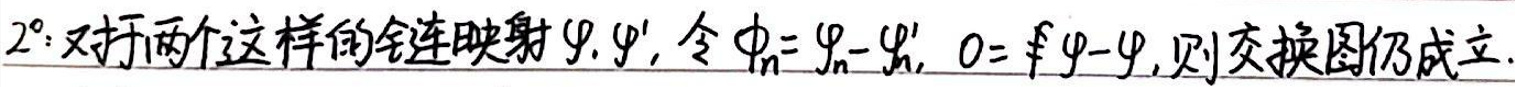
$2^{\circ }$: 对于两个这样的全连映射$\varphi,\varphi '$, 令$\varphi _{n}=\varphi _{n}-\varphi _{n}',\ 0 = \varphi-\varphi '$, 则交换图仍成立.